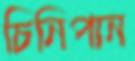
চিনিপান